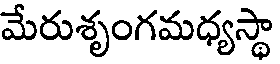
మేరుశృంగమధ్యస్థా